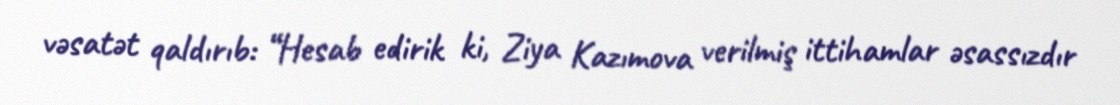
vəsatət qaldırıb: “Hesab edirik ki, Ziya Kazımova verilmiş ittihamlar əsassızdır